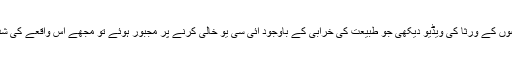
جب میں نے خالی آئی سی یو اور ان مریضوں کے ورثا کی ویڈیو دیکھی جو طبیعت کی خرابی کے باوجود آئی سی یو خالی کرنے پر مجبور ہوئے تو مجھے اس واقعے کی شدت اور جرم کی سنگینی کا خوب اندازہ ہوا۔